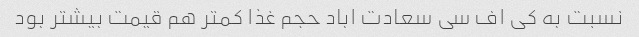
نسبت به کی اف سی سعادت اباد حجم غذا کمتر هم قیمت بیشتر بود